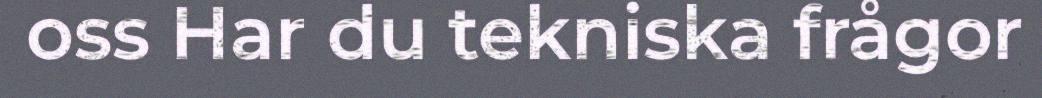
oss Har du tekniska frågor